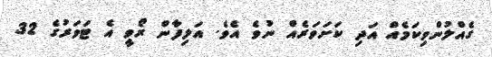
ގެއްލުންވިކަމެއް އަދި ކަށަވަރެއް ނުވެ އެވެ. އަލިފާން ރޯވީ އެ ޓަވަރުގެ 32